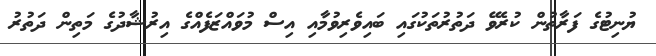
ޔުނިޓުގެ ފަރާތުން ކުރެވޭ ދަތުރުތަކުގައި ބައިވެރިވުމާއި އިސް މުވައްޒަފެއްގެ އިރުޝާދުގެ މަތިން ދަތުރު